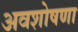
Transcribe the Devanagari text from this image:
अवशोषणा